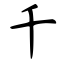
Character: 千